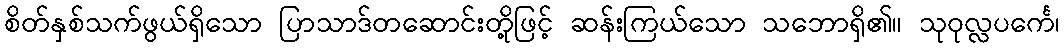
စိတ်နှစ်သက်ဖွယ်ရှိသော ပြာသာဒ်တဆောင်းတို့ဖြင့် ဆန်းကြယ်သော သဘောရှိ၏။ သုဝုလ္လပင်္ကေ၊